Vaccination in Bombay 1869-1873 - 1869-1873
Year: 1869
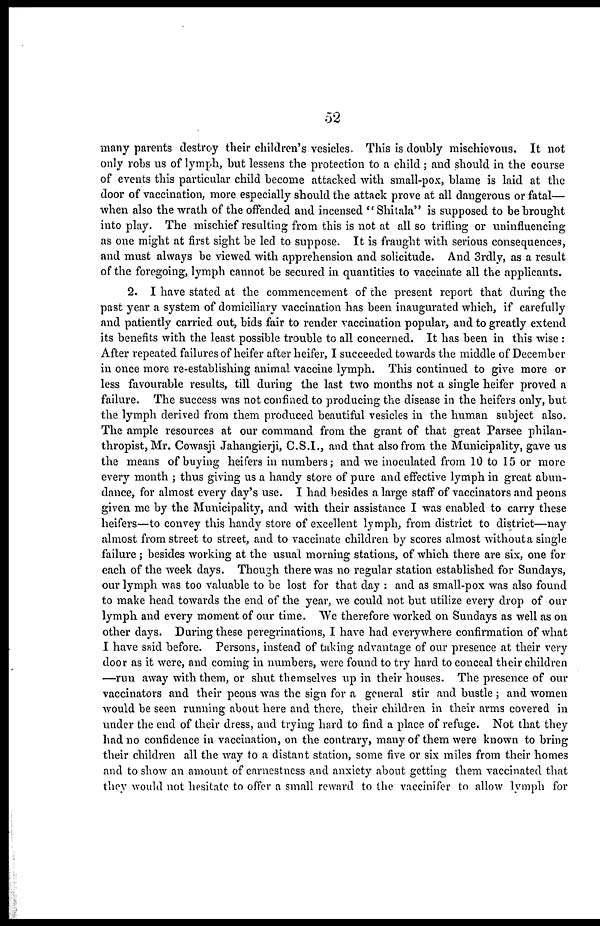
52
many parents destroy their children's vesicles. This is doubly mischievous. It not
only robs us of lymph, but lessens the protection to a child; and should in the course
of events this particular child become attacked with small-pox, blame is laid at the
door of vaccination, more especially should the attack prove at all dangerous or fatal—
when also the wrath of the offended and incensed " Shitala" is supposed to be brought
into play. The mischief resulting from this is not at all so trifling or uninfluencing
as one might at first sight be led to suppose. It is fraught with serious consequences,
and must always be viewed with apprehension and solicitude. And 3rdly, as a result
of the foregoing, lymph cannot be secured in quantities to vaccinate all the applicants.
2. I have stated at the commencement of the present report that during the
past year a system of domiciliary vaccination has been inaugurated which, if carefully
and patiently carried out, bids fair to render vaccination popular, and to greatly extend
its benefits with the least possible trouble to all concerned. It has been in this wise :
After repeated failures of heifer after heifer, I succeeded towards the middle of December
in once more re-establishing animal vaccine lymph. This continued to give more or
less favourable results, till during the last two months not a single heifer proved a
failure. The success was not confined to producing the disease in the heifers only, but
the lymph derived from them produced beautiful vesicles in the human subject also.
The ample resources at our command from the grant of that great Parsee philan-
thropist, Mr. Cowasji Jahangierji, C.S.I., and that also from the Municipality, gave us
the means of buying heifers in numbers; and we inoculated from 10 to 15 or more
every month ; thus giving us a handy store of pure and effective lymph in great abun-
dance, for almost every day's use. I had besides a large staff of vaccinators and peons
given me by the Municipality, and with their assistance I was enabled to carry these
heifers—to convey this handy store of excellent lymph, from district to district—nay
almost from street to street, and to vaccinate children by scores almost without a single
failure ; besides working at the usual morning stations, of which there are six, one for
each of the week days. Though there was no regular station established for Sundays,
our lymph was too valuable to be lost for that day : and as small-pox was also found
to make head towards the end of the year, we could not but utilize every drop of our
lymph and every moment of our time. "We therefore worked on Sundays as well as on
other days. During these peregrinations, I have had everywhere confirmation of what
I have said before. Persons, instead of taking advantage of our presence at their very
door as it were, and coming in numbers, were found to try hard to conceal their children
—run away with them, or shut themselves up in their houses. The presence of our
vaccinators and their peons was the sign for a general stir and bustle ; and women
would be seen running about here and there, their children in their arms covered in
under the end of their dress, and trying hard to find a place of refuge. Not that they
had no confidence in vaccination, on the contrary, many of them were known to bring
their children all the way to a distant station, some five or six miles from their homes
and to show an amount of earnestness and anxiety about getting them vaccinated that
they would not hesitate to offer a small reward to the vaccinifer to allow lymph for